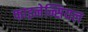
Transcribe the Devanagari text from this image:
फाइनेन्सियल